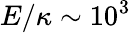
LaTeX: E/\kappa\sim 10^{3}